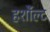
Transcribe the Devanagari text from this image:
हर्शौल्ट